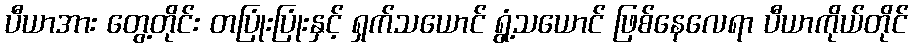
ပီယာအား တွေ့တိုင်း တပြုံးပြုံးနှင့် ရှက်သယောင် ရွံ့သယောင် ဖြစ်နေလေရာ ပီယာကိုယ်တိုင်